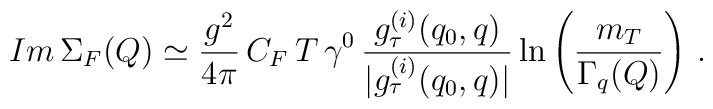
Im \, \Sigma_F (Q) \simeq \frac{g^2}{4 \pi} \, C_F \, T \, \gamma^0 \, \frac{g_\tau^{(i)} (q_0, q)}{|g_\tau^{(i)} (q_0, q)|} \ln \left( \frac{m_T}{\Gamma_q (Q)} \right) \, .